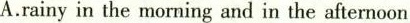
A.rainy in the morning and in the afternoon